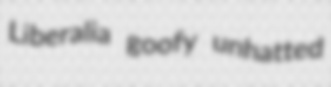
Liberalia goofy unhatted